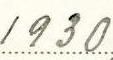
1930